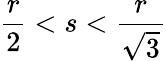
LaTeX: \frac{r}{2}<s<\frac{r}{\sqrt{3}}